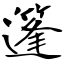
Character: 篷